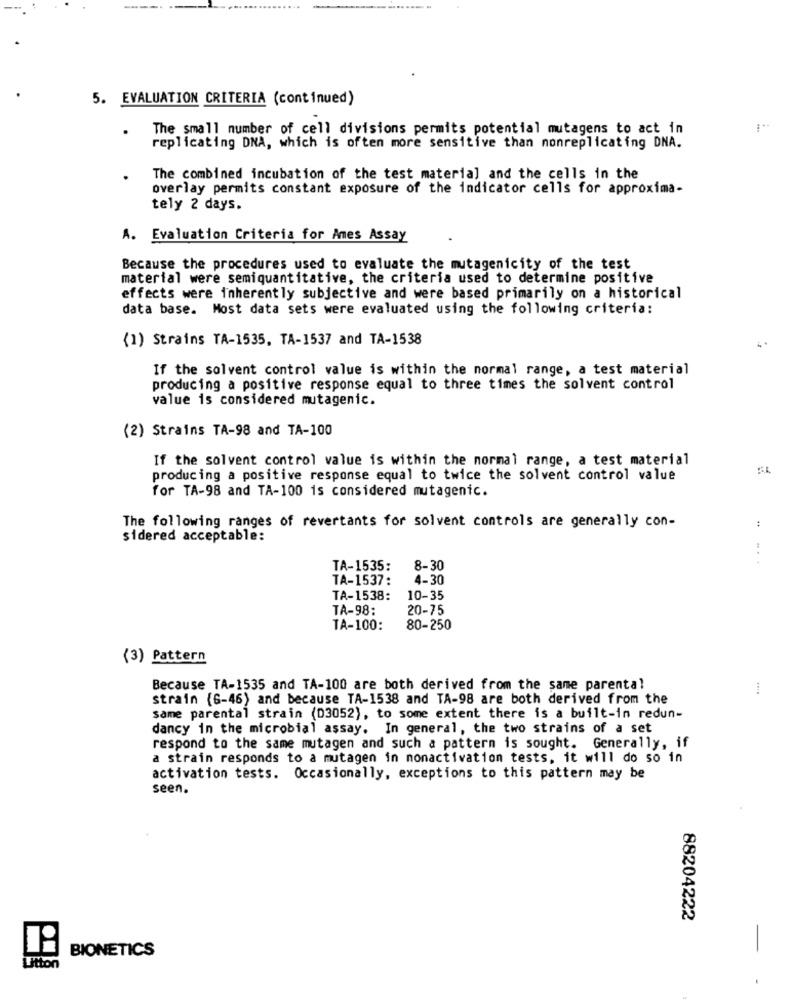
5. EVALUATION CRITERIA (continued)
The small number of cell divisions permits potential mutagens to act in
replicating DNA, which is often more sensitive than nonreplicating DNA.
The combined incubation of the test material and the cells in the
overlay permits constant exposure of the indicator cells for approxima-
tely 2 days.
A. Evaluation Criteria for Ames Assay
Because the procedures used to evaluate the mutagenicity of the test
material were semiquantitative, the criteria used to determine positive
effects were inherently subjective and were based primarily on a historical
data base. Most data sets were evaluated using the following criteria:
(1) Strains TA-1535, TA-1537 and TA-1538
If the solvent control value is within the normal range, a test material
producing a positive response equal to three times the solvent control
value is considered mutagenic.
(2) Strains TA-98 and TA-100
If the solvent control value is within the normal range, a test material
producing a positive response equal to twice the solvent control value
for TA-98 and TA-100 is considered mutagenic.
:
The following ranges of revertants for solvent controls are generally con-
sidered acceptable:
TA-1535:
8-30
TA-1537:
4-30
TA-1538:
10-35
TA-98:
20-75
TA-100:
80-250
(3) Pattern
Because TA-1535 and TA-100 are both derived from the same parental
strain (6-46) and because TA-1538 and TA-98 are both derived from the
same parental strain (D3052), to some extent there is a built-in redun-
dancy in the microbial assay. In general, the two strains of a set
respond to the same mutagen and such a pattern is sought. Generally, if
a strain responds to a mutagen in nonactivation tests, it will do so in
activation tests. Occasionally, exceptions to this pattern may be
seen.
88204222
-
BIONETICS
Litton